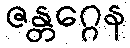
ဇန္တဂ္ဂေန